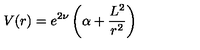
V ( r ) = e ^ { 2 \nu } \left( \alpha + \frac { L ^ { 2 } } { r ^ { 2 } } \right)